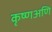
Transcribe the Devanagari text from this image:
कृष्णअणि